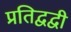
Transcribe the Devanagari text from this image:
प्रतिद्वद्वी